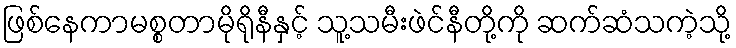
ဖြစ်နေကာမစ္စတာမိုရိုနီနှင့် သူ့သမီးဖဲင်နီတို့ကို ဆက်ဆံသကဲ့သို့